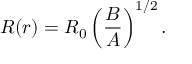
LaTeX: R ( r ) = R _ { 0 } \left( \frac { B } { A } \right) ^ { 1 / 2 } .